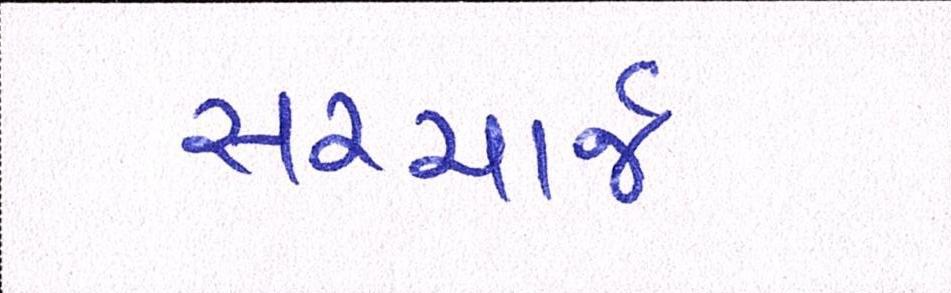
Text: સરચાર્જ